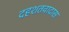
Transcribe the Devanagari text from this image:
दहशतवादास